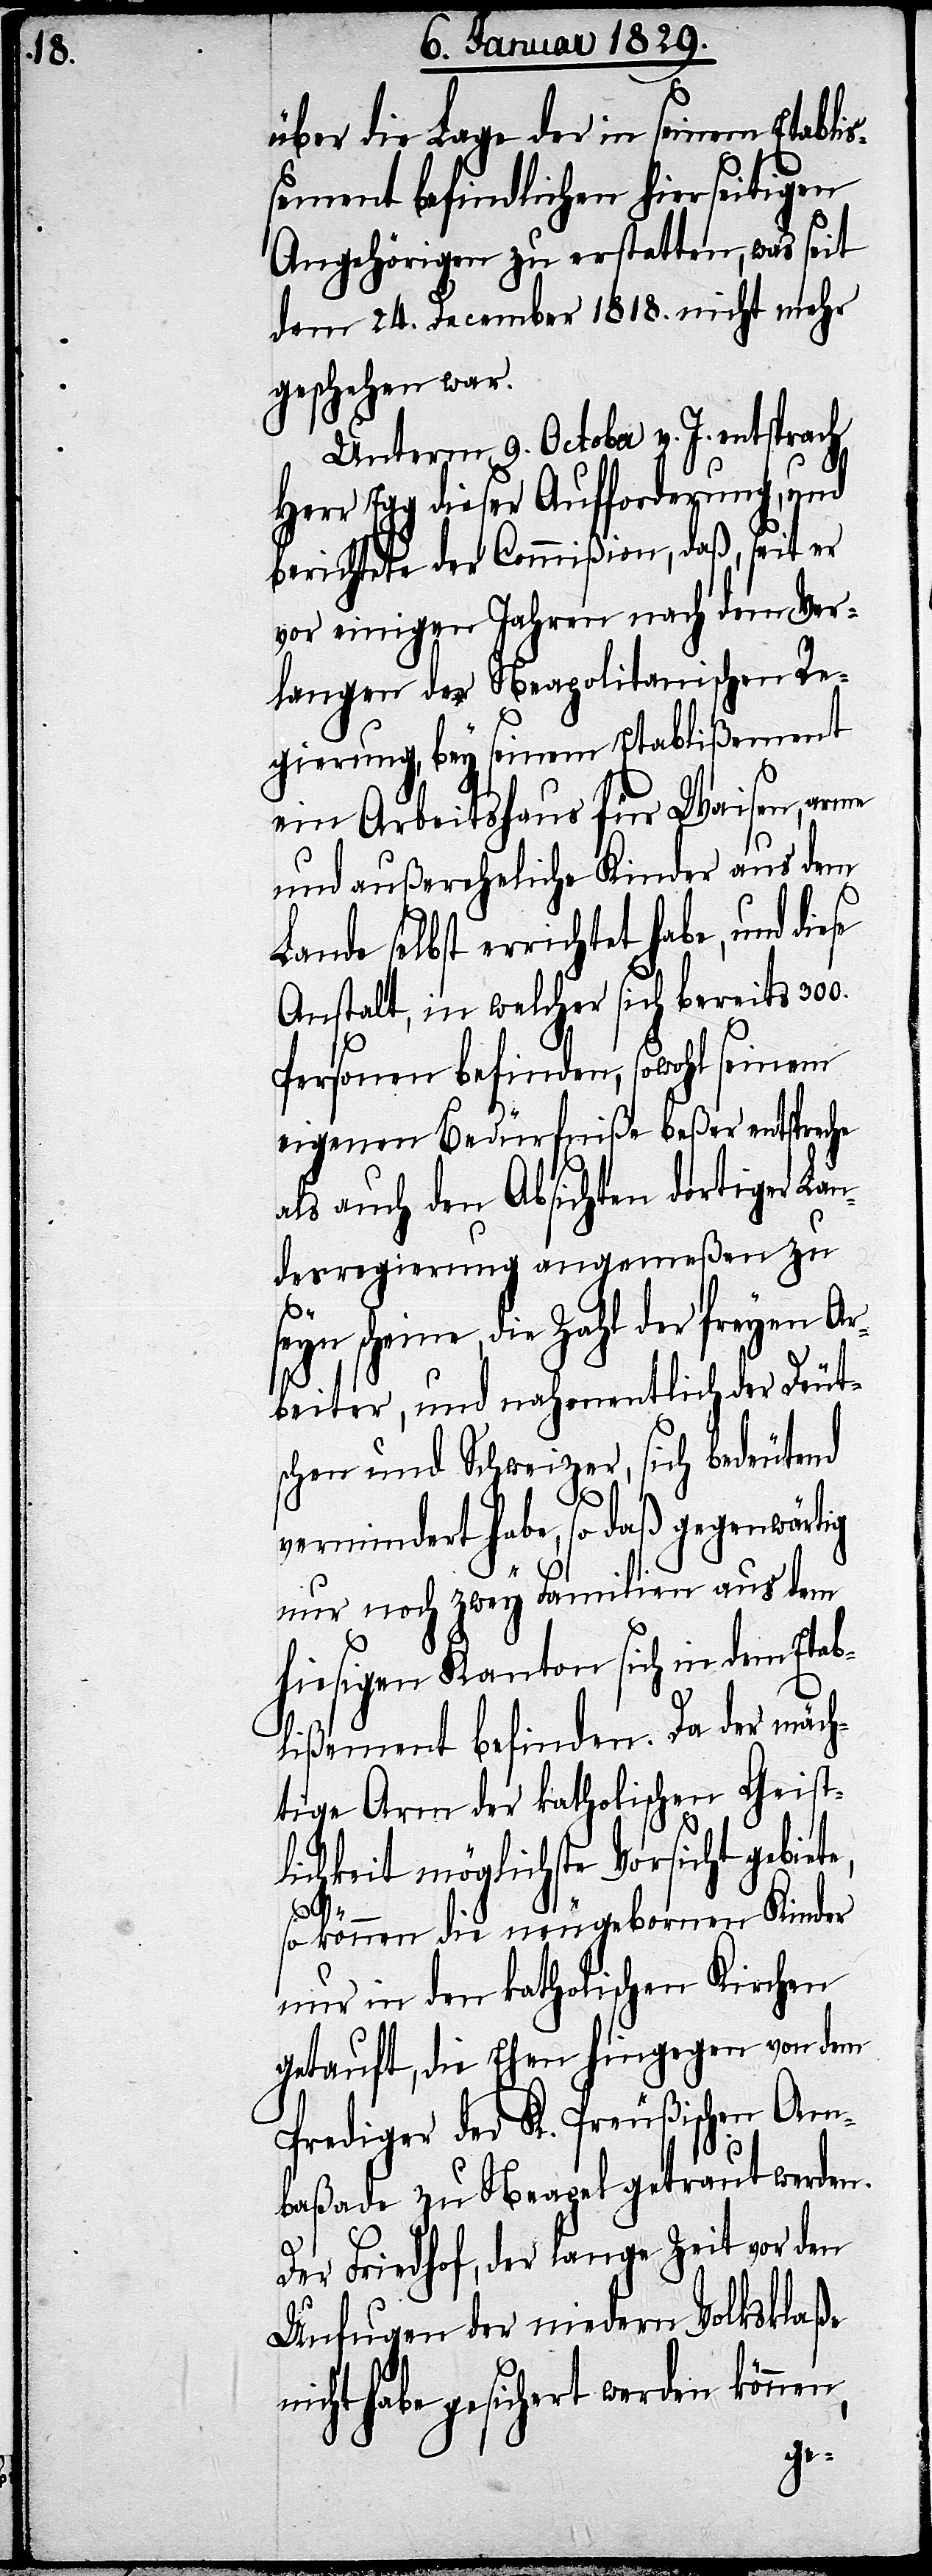
über die Lage der in seinem Etabli¬
ßement befindlichen hierseitigen
Angehörigen zu erstatten, was seit
dem 24. December 1818. nicht mehr
geschehen war.
Unterm 9. October v. J. entsprach
Herr Egg dieser Aufforderung, und
berichtete der Commißion, daß, seit er
von einigen Jahren nach dem Ver¬
langen der Neapolitanischen Re¬
gierung, bey seinem Etablißement
ein Arbeitshaus für Waisen, arme
und außereheliche Kinder aus dem
Lande selbst errichtet habe, und die¬
Anstalt, in welcher sich bereits 300.
Personen befinden, sowohl seinem
eigenen Bedürfniße beßer entspreche
als auch den Absichten dortiger Lan¬
dregierung angemeßen zu
scheine, die Zahl der freyen A¬
rbeiter, und nahmentlich der Deut¬
schen und Schweizer, sich bedeutend
n,
vermindert habe, so daß gegenwärtig
nur noch zwey Familien aus dem
hiesigen Kanton sich in dem Etab¬
lißement befinden. Da der mäch¬
tige Arm der katholischen Geist¬
lichkeit möglichste Vorsicht gebiet¬
so können die neugebornen Kinder
nur in den katholischen Kirchen
getauft, die Ehen hingegen von dem
Prediger der K. Preußischen Am¬
baßade zu Neapel getraut werden.
Der Friedhof, der lange Zeit vor den
Unfugen der niedern Volksklaße
nicht habe gesichert werden könne¬